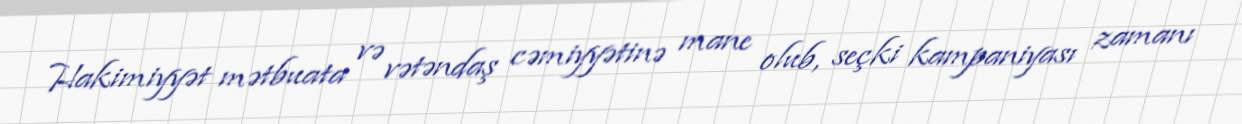
Hakimiyyət mətbuata və vətəndaş cəmiyyətinə mane olub, seçki kampaniyası zamanı